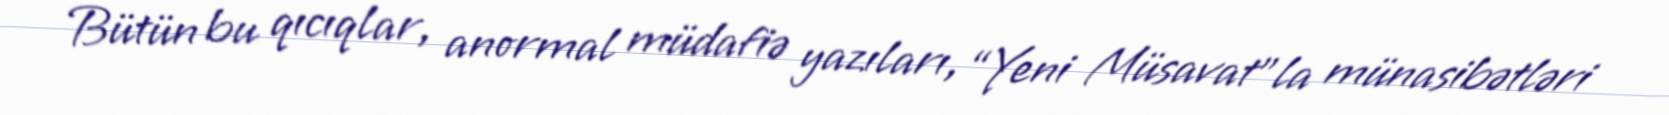
Bütün bu qıcıqlar, anormal müdafiə yazıları, “Yeni Müsavat”la münasibətləri